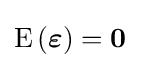
\operatorname {E} \left({\boldsymbol {\varepsilon }}\right)=\mathbf {0} \;